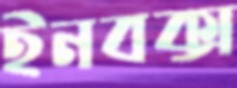
ইনবক্স